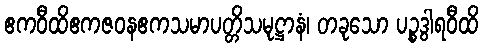
ဧကဝီထိဧကဇဝနဧကသမာပတ္တိသမုဋ္ဌာနံ၊ တခုသော ပဉ္စဒွါရဝီထိ